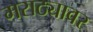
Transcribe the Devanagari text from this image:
मराठ्यावर